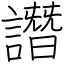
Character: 譖